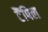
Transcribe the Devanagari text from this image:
टैंपिल